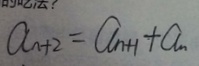
a _ { n + 2 } = a _ { n + 1 } + a _ { n }